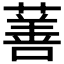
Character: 𬞗